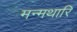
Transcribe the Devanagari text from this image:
मन्मथारि